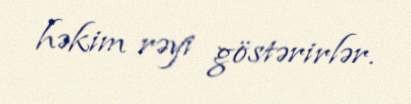
həkim rəyi göstərirlər.